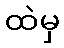
ထဲမှ